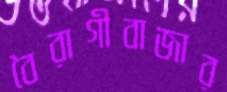
বৈরাগীবাজার